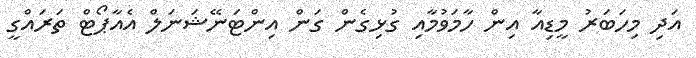
އަދި މިހަބަރު މީޑިއާ އިން ހާމަވުމާއި ގުޅިގެން ގަން އިންޓަނޭޝަނަލް އެއާޕޯޓް ތަރައްގީ